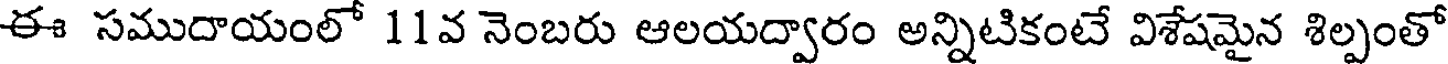
ఈ సముదాయంలో 11వ నెంబరు ఆలయద్వారం అన్నిటికంటే విశేషమైన శిల్పంతో